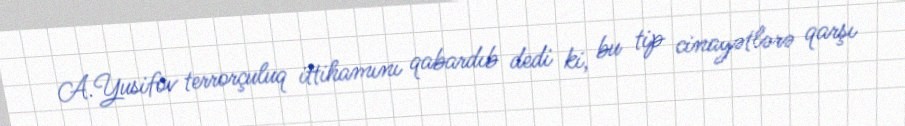
A.Yusifov terrorçuluq ittihamını qabardıb dedi ki, bu tip cinayətlərə qarşı